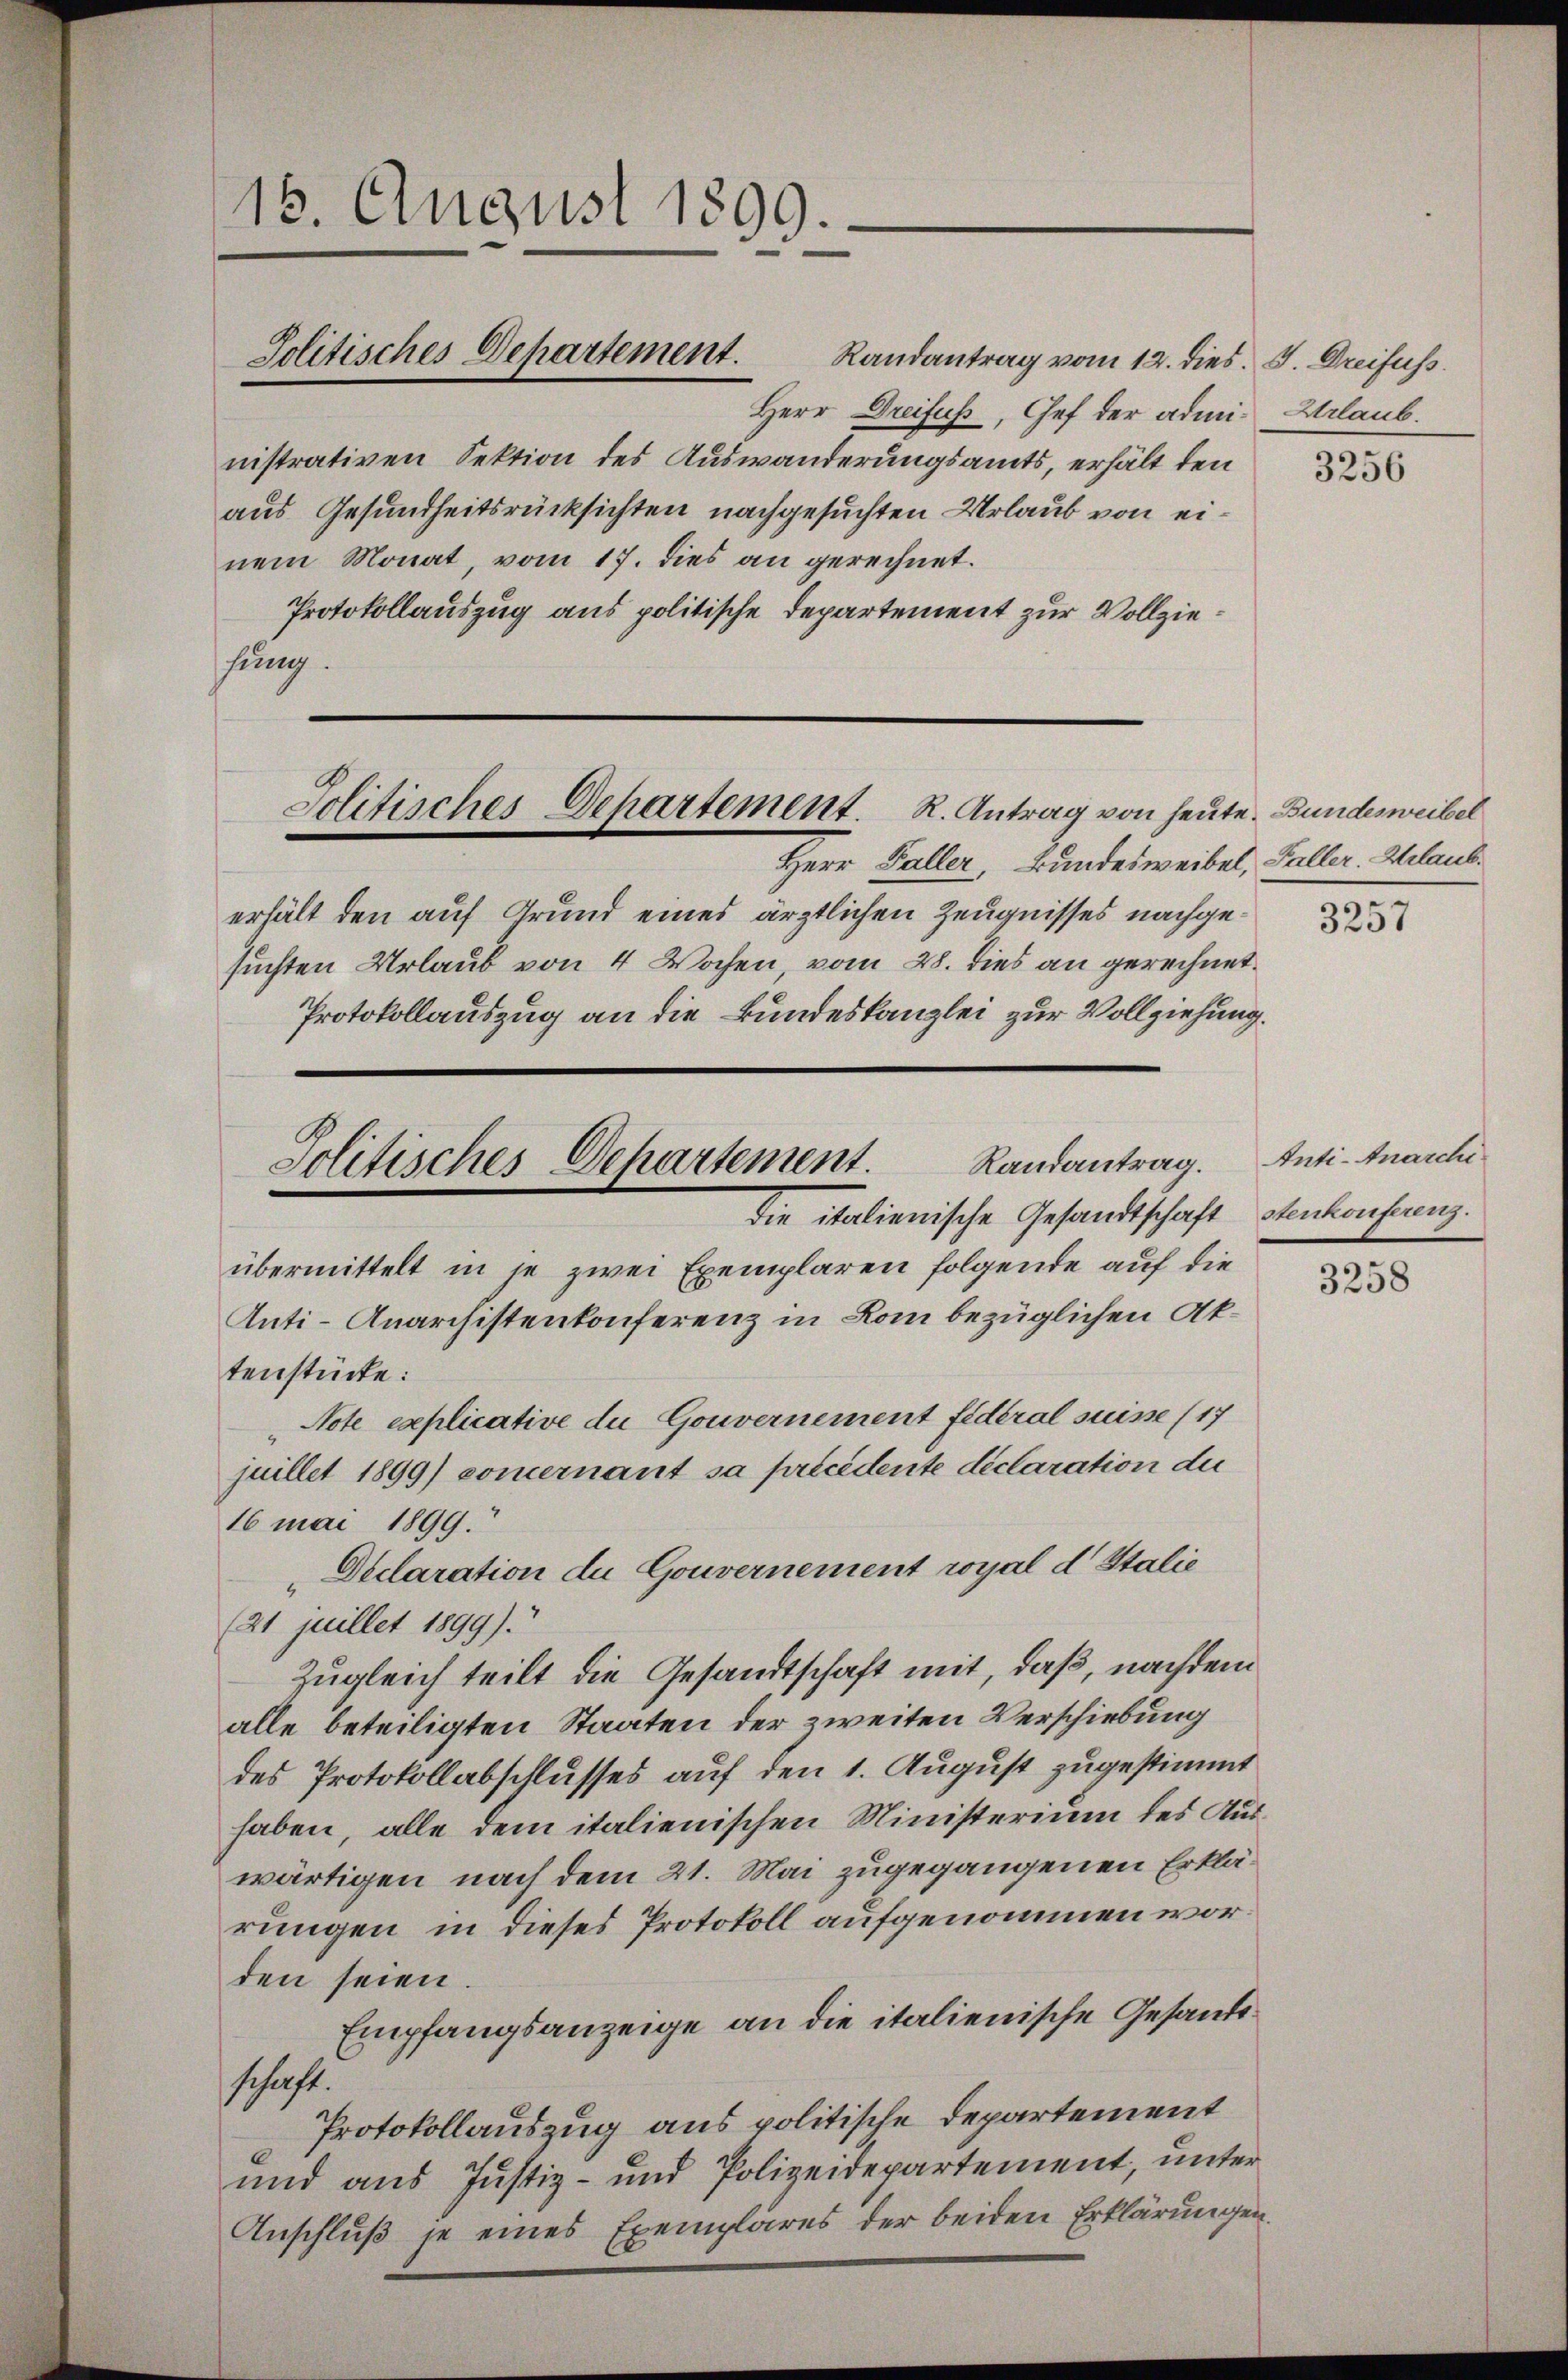
18. August 1899.

Politisches Departement.

Politisches Departement. R. Antrag von heute. Bundesweibel

Randantrag vom 12. dies. J. Dreifuss.
Herr Dreifuß, Chef der administrativen Sektion des Auswanderungsamts, erhält den
aus Gesundheitsrücksichten nachgesuchten Urlaub von einem Monat, vom 17. dies an gerechnet.
Protokollauszug aus politische Departement zur Vollziesung.

Herr Faller, Bundesweibel, Faller. Glauberhält den auf Grund eines ärztlichen Zeugnisses nachgesuchten Urlaub von 4 Wochen, vom 28. dies an gerechnet.
Protokollauszug an die Bundeskanzlei zur Vollziehung.

Politisches Departement. Randantrag. Anti-Anarchi
die italienische Gesandtschaft Stenkonferenz.

übermittelt in je zwei Exemplaren folgende auf die
Anti-Anarchistenkonferenz in Rom bezüglichen Aktenstücke:
Note explicative du Gouvernement fideral suisse (17
16 mai 1899.
Declaration de Gouvernement royal d. Stalie
(21 juillet 1899).
Zugleich teilt die Gesandtschaft mit, daß, nachdem
alle beteiligten Staaten der zweiten Verschiebung
des Protokollabschlusses auf den 1. August zugestimmt
haben, alle dem italienischen Ministerium des Auswärtigen nach dem 21. Mai zugegangenen Erklärungen in dieses Protokoll aufgenommen worden seien.
Empfangsanzeige an die italienische Gesandtschaft.
Protokollauszug aus politische Departement
und aus Justiz- und Polizeidepartement, unter
Anschluß je eines Exemplares der beiden Erklärungen,

juillet 1899) commernant sa précédente déclaration der

Urlaub.

3256

3257

3258